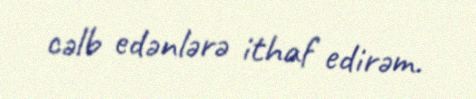
cəlb edənlərə ithaf edirəm.